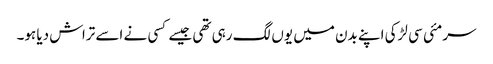
سرمئی سی لڑکی اپنے بدن میں یوں لگ رہی تھی جیسے کسی نے اسے تراش دیا ہو۔